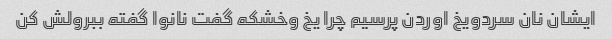
ایشان نان سردویخ اوردن پرسیم چرا یخ وخشکه گفت نانوا گفته ببرولش کن